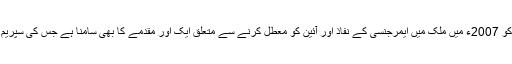
پاکستان کے سابق فوجی صدر کو 2007ء میں ملک میں ایمرجنسی کے نفاذ اور آئین کو معطل کرنے سے متعلق ایک اور مقدمے کا بھی سامنا ہے جس کی سپریم کورٹ میں سماعت جاری ہے۔